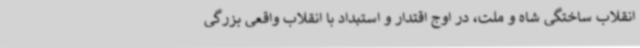
انقلاب ساختگی شاه و ملت، در اوج اقتدار و استبداد با انقلاب واقعی بزرگی